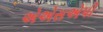
એએસએપી